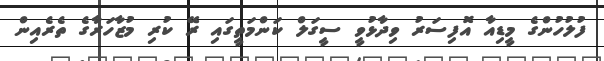
ފުލުހުންގެ މީޑިއާ އޮފިސަރު ވިދާޅުވީ ސީގަލް ކަންމަތީގައި ރޭ ކުރި މުޒާހަރާގެ ތެރެއިން